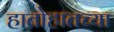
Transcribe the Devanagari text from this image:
हातोहातच्या